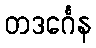
တဒင်္ဂေန